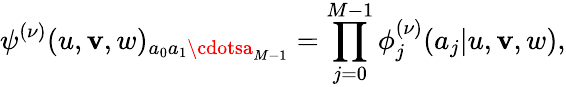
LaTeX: \psi^{(\nu)}(u,\mathbf{v},w)_{a_{0}a_{1}\cdotsa_{M-1}}=\prod_{j=0}^{M-1}\phi_{j}^{(\nu)}(a_{j}|u,\mathbf{v},w),